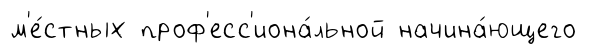
м'е́стных проф'есс'иона́льной начина́ющего